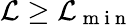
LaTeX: \mathcal{L}\geq\mathcal{L}_{\mathrm{~m~i~n~}}